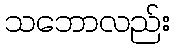
သဘောလည်း